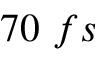
7 0 ~ f s